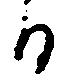
日